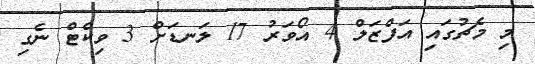
މި މެޗުގައި އަފްޒަލް 4 އޯވަރު 17 ލަނޑަށް 3 ވިކެޓް ނެގި